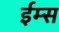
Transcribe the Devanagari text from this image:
ईम्स